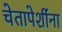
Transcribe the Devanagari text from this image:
चेतापेशींना